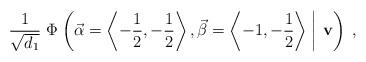
LaTeX: \begin{align*} \dfrac{1}{\sqrt{d_1}} \; \Phi \left.\left(\vec{\alpha}=\left\langle - \frac{1}{2}, - \frac{1}{2} \right\rangle, \vec{\beta}=\left\langle - 1, - \frac{1}{2} \right\rangle\; \right| \, \mathbf{v}\right) \;,\end{align*}